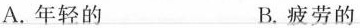
A.年轻的 B.疲劳的